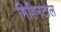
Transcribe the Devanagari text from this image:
मिहिनटाल